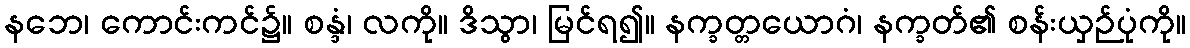
နဘေ၊ ကောင်းကင်၌။ စန္ဒံ၊ လကို။ ဒိသွာ၊ မြင်ရ၍။ နက္ခတ္တယောဂံ၊ နက္ခတ်၏ စန်းယှဉ်ပုံကို။